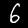
Label: 6